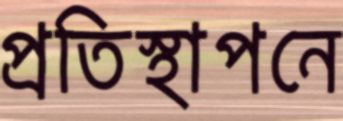
প্রতিস্থাপনে